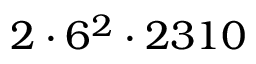
2 \cdot 6 ^ { 2 } \cdot 2 3 1 0